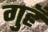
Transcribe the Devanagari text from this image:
गुहँ